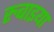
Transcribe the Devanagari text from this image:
रुबाइया